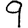
Digit: 9